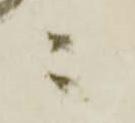
ニ